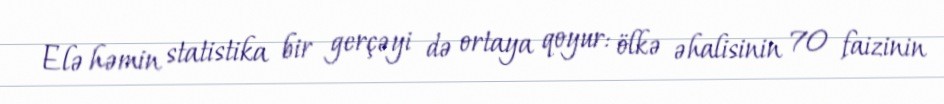
Elə həmin statistika bir gerçəyi də ortaya qoyur: ölkə əhalisinin 70 faizinin